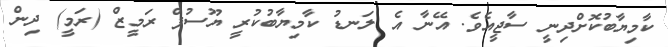
ކާމިޔާބުކޮށްދިނީ ސާޖީއެވެ. އޭނާ އެ ލަނޑު ކާމިޔާބުކުރީ ޔޫސުފް ރަމީޒް (ރަމީ) ދިން